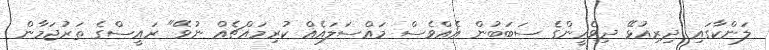
ލަންކާގައި ދިރިއުޅޭ ދިވެހީންގެ ސަބަބުން އެއްވެސް މައްސަލައެއް ކުރިމައްޗެއް ނުވޭ" ރައީސްގެ ތަރުޖަމާން